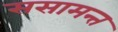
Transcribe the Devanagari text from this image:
ससामन्त